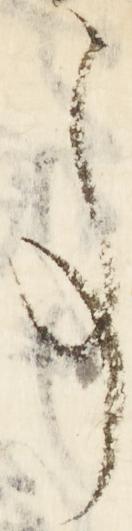
事